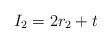
LaTeX: \begin{gather*}I_2 = 2r_2 +t\end{gather*}